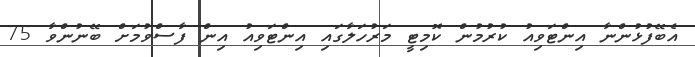
އެބޭފުޅުންނާ އިންޓަވިއު ކުރުމުން ކޮމިޓީ މަރުހަލާގައި އިންޓަވިއު އިން ފާސްވުމަށް ބޭނުންވާ 75